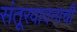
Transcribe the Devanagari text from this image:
संतूरवादनाची